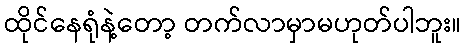
ထိုင်နေရုံနဲ့တော့ တက်လာမှာမဟုတ်ပါဘူး။